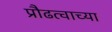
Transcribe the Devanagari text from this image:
प्रौढत्वाच्या